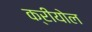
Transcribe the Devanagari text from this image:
क्रीयोल